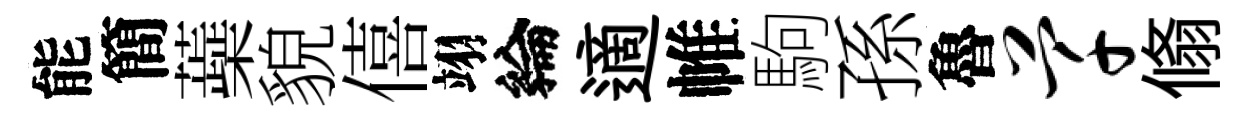
能簡蘃貌僖翊綸適帷駒孫魯芊翛